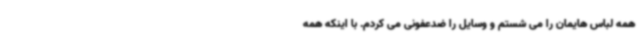
همه لباس هایمان را می شستم و وسایل را ضدعفونی می کردم. با اینکه همه